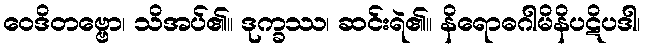
ဝေဒိတဗ္ဗော၊ သိအပ်၏။ ဒုက္ခဿ၊ ဆင်းရဲ၏။ နိရောဓဂါမိနိပဋိပဒါ၊